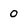
Character: 0